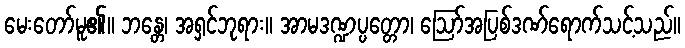
မေးတော်မူ၏။ ဘန္တေ၊ အရှင်ဘုရား။ အာမဒဏ္ဍပ္ပတ္တော၊ ဩော်အပြစ်ဒဏ်ရောက်သင့်သည်။